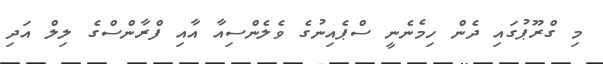
މި ގްރޫޕުގައި ދެން ހިމެނެނީ ސްޕެއިނުގެ ވެލެންސިއާ އާއި ފްރާންސްގެ ލިލް އަދި